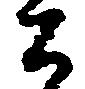
公